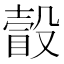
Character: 瞉